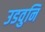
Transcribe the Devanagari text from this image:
उडवुनि